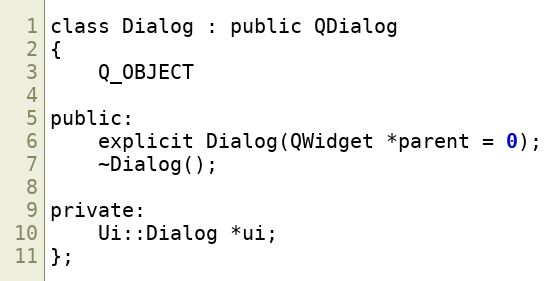
Language: C
class Dialog : public QDialog
{
    Q_OBJECT

public:
    explicit Dialog(QWidget *parent = 0);
    ~Dialog();

private:
    Ui::Dialog *ui;
};